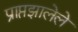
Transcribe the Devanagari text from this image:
प्राप्तझालेले